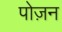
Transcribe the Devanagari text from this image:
पोज़न